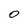
Character: 0